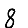
Digit: 8